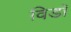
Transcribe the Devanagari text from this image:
विडाॅ